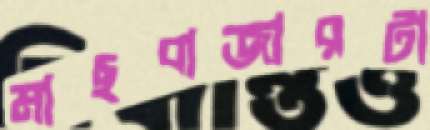
মাছবাজারটা